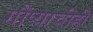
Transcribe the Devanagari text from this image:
गौप्याचीही